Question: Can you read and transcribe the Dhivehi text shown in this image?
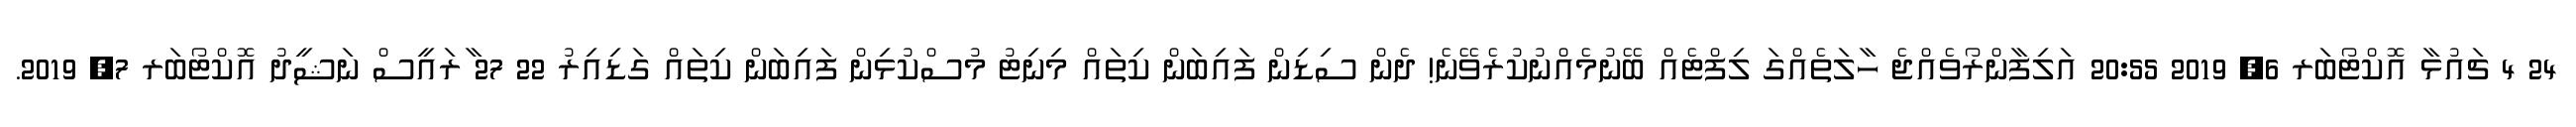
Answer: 24 4 ޗައުޅާ އޮކްޓޯބަރ 6, 2019 20:55 އަލިފާންރޯވެއްޖެ ހާލަތެއްގަ ލިފްޓެއް ބޭނުމެއްނުކުރެވޭނެ! ދެން ސިޑިން ފައިބަން ކިތައް މިނިޓު މުސްކުޅިން ފައިބަން ކިތައް ގަޑިއިރު 22 27 ާރައީސް ނަޝީދު އޮކްޓޯބަރ 7, 2019.